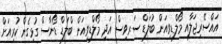
އައްސޭރިޖަލާއި މޯލްޑިވިއަން ބުލަޑް ސަރވިސް އަދި މޯލްޑިވިއަން ބްލަޑް ޑޯނާސް ގުޅިގެން ކުރިއަށް